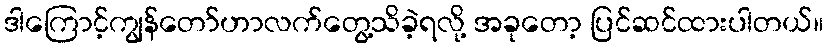
ဒါကြောင့်ကျွန်တော်ဟာလက်တွေ့သိခဲ့ရလို့ အခုတော့ ပြင်ဆင်ထားပါတယ်။